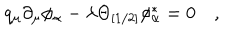
LaTeX: q _ { \mu } \partial _ { \mu } \phi _ { \alpha } - \lambda \Theta _ { [ 1 / 2 ] } \phi _ { \alpha } ^ { \ast } = 0 \quad ,